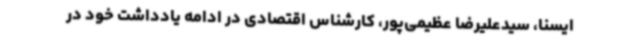
ایسنا، سیدعلیرضا عظیمی‌پور، کارشناس اقتصادی در ادامه یادداشت خود در